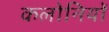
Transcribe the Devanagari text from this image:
कलोनियों